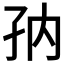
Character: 𱙸